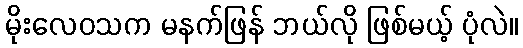
မိုးလေဝသက မနက်ဖြန် ဘယ်လို ဖြစ်မယ့် ပုံလဲ။